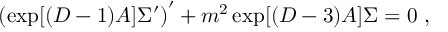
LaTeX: \left( \exp [ ( D - 1 ) A ] \Sigma ^ { \prime } \right) ^ { \prime } + m ^ { 2 } \exp [ ( D - 3 ) A ] \Sigma = 0 ~ ,